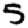
Digit: 5